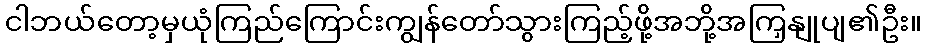
ငါဘယ်တော့မှယုံကြည်ကြောင်းကျွန်တော်သွားကြည့်ဖို့အဘို့အကြှနျုပျ၏ဦး။